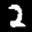
Label: 2